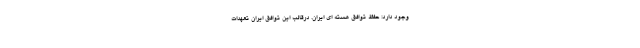
وجود دارد: حفظ توافق هسته ای ایران. درقالب این توافق ایران تعهدات